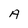
Character: A